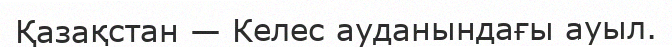
Қазақстан — Келес ауданындағы ауыл.